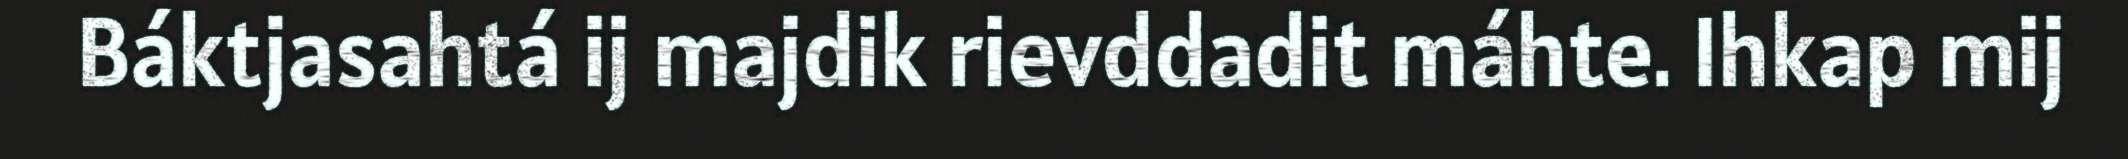
Báktjasahtá ij majdik rievddadit máhte. Ihkap mij